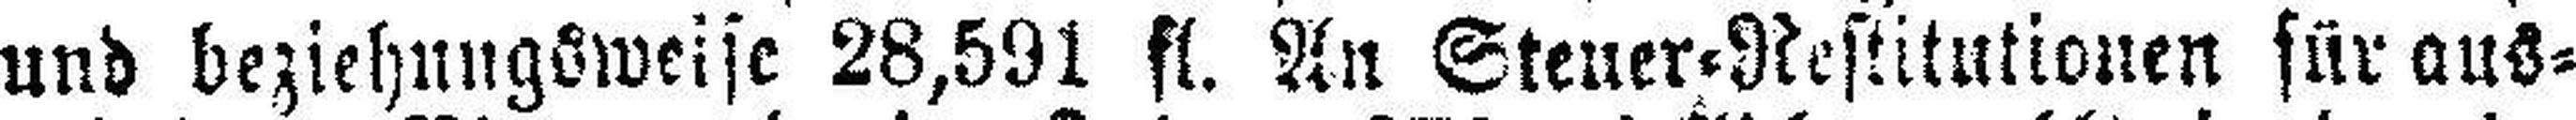
und beziehungsweise 28,591 fl. An Steuer=Restitutionen für aus¬